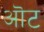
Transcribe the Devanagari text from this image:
ऒट